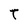
Character: T